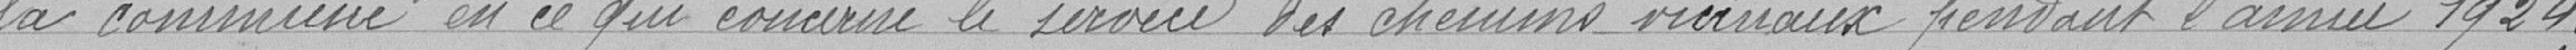
la commune en ce qui concerne le service des chemins vicinaux pendant l'année 1924 ;